Riigikantselei, lk 371
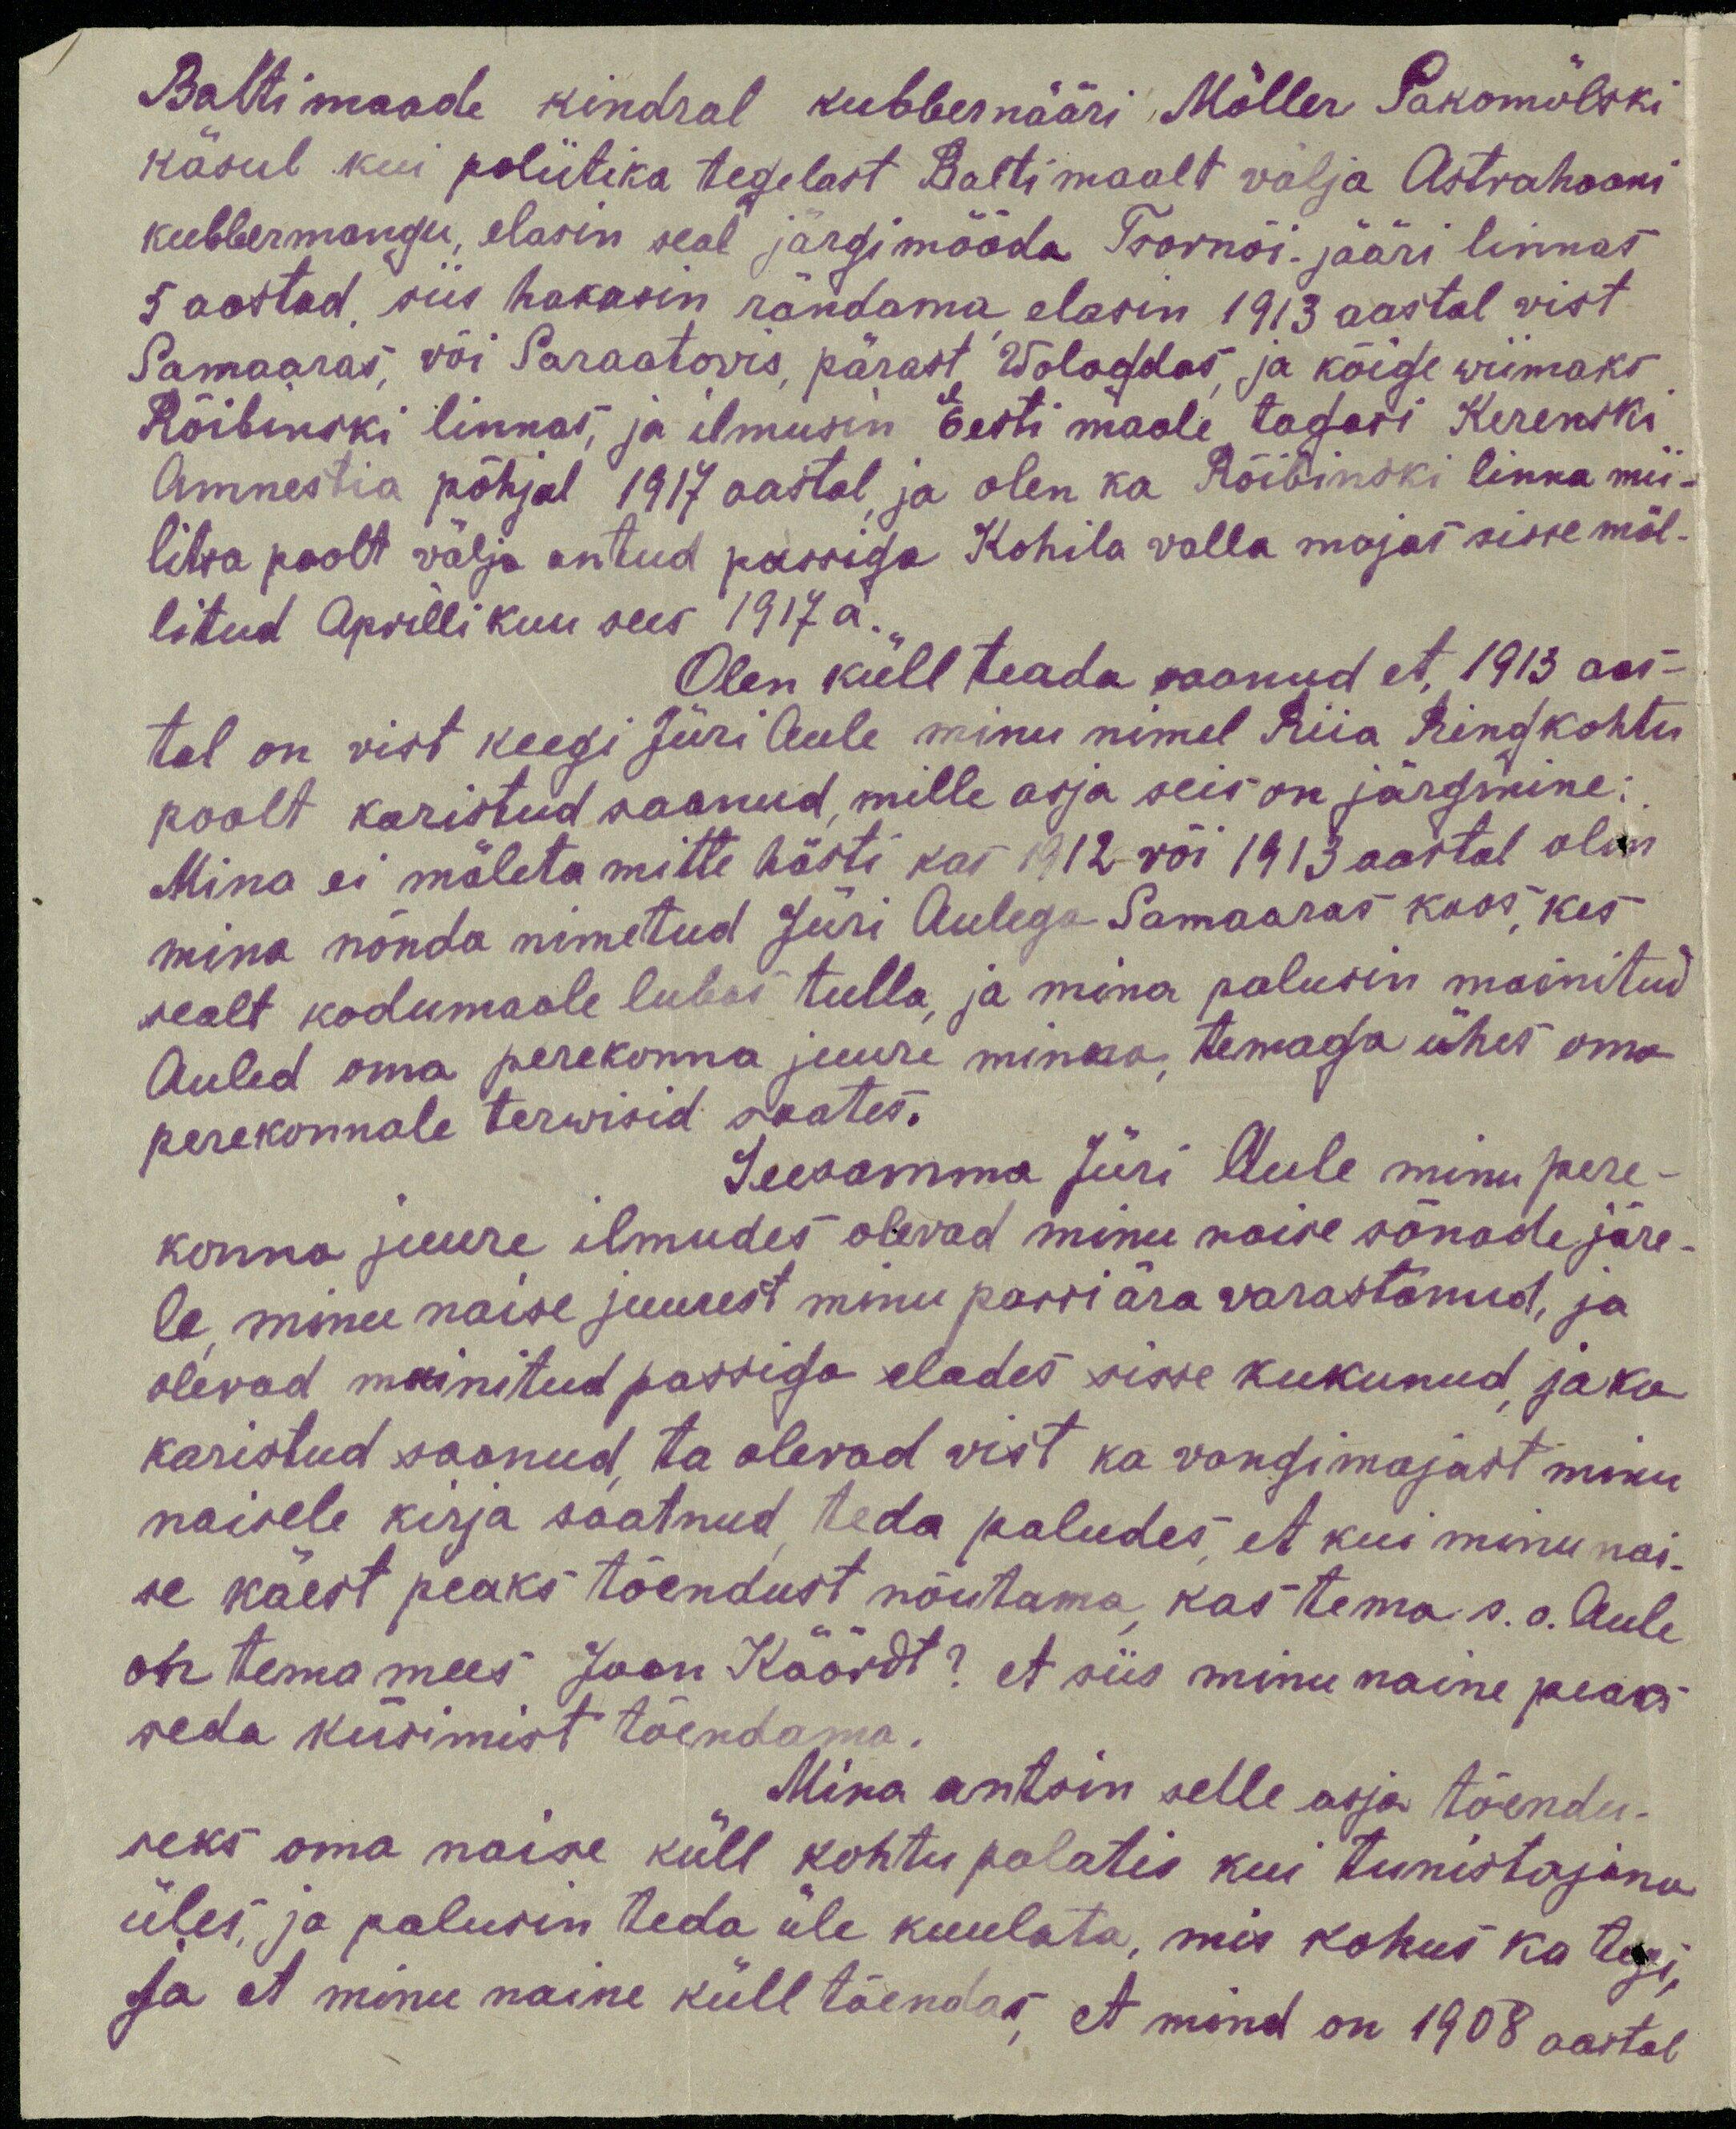
Baltimaade kindral kubbernääri Möller Sakomölski
käsul kui poliitika tegelast Baltimaalt välja Astrahaani
kubbermangu, elasin seal järgimööda Tsornõi-jääri linnas
5 aastad, siis hakasin rändama elasin 1913 aastal vist
Samaaras, või Saraatovis, pärast Wologdas, ja kõige wiimaks
Rõibinski linnas, ja ilmusin Eesti maale tagasi Kerenski
Amnestia põhjal 1917 aastal ja olen ka Rõibinski linna mii-
litsa poolt välja antud passiga Kohila valla majas sisse möl-
litud Aprilli kuu sees 1917 a.
Olen küll teada saanud et 1913 aas-
tal on vist keegi Jüri Aule minu nimel Riia ringkohtu
poolt karistud saanud, mille asja seis on järgmine:
Mina ei mäleta mitte hästi kas 1912 või 1913 aastal olin
mina nõnda nimetud Jüri Aulega Samaaras koos, kes
sealt kodumaale lubas tulla, ja mina palusin mainitud
Auled oma perekonna juure minna, temaga ühes oma-
perekonnale terwisid saates.
Seesamma Jüri Aule minu pere-
konna juure ilmudes olevad minu naise sõnade järe-
le minu naise juurest minu passi ära varastanud, ja
olevad mainitud passiga elades sisse kukunud, ja ka
karistud saanud, ta olevad vist ka vangimajast minu
naisele kirja saatnud teda paludes, et kui minu nai-
se käest peaks tõendust nõutama kas tema s.o. Aule
on tema mees Jaan Käärdt? et siis minu naine peaks
seda küsimist tõendama.
Mina antsin selle asja tõendu-
seks oma naise küll kohtu palatis kui tunistajana
üles, ja palusin teda üle kuulata, mis kohus ka tegi.
Ja et minu naine küll tõendas, et mind on 1908 aastal